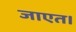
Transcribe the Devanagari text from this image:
जाएत।